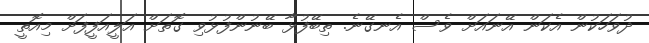
ދުވަހަކުން އެކަން އޭނައަށް ވެސް އެނގޭނެ. ތިބޭފުޅާ ބޭނުންފުޅުވި ގޮތަށް އަލީއަފީފަށް މިއޮތީ